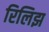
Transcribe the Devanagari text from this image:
रिलिझ